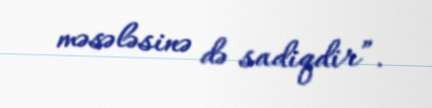
məsələsinə də sadiqdir”.